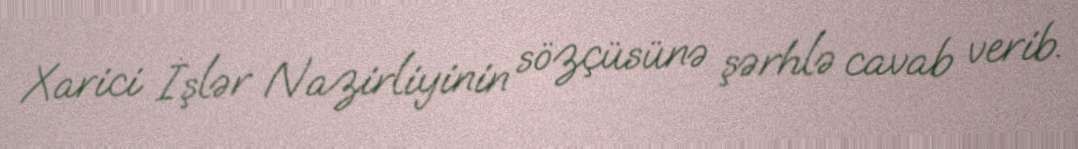
Xarici İşlər Nazirliyinin sözçüsünə şərhlə cavab verib.